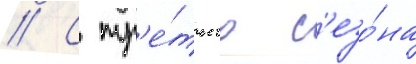
// С тр'е́тьего с'езо́на